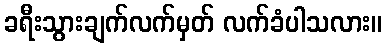
ခရီးသွားချက်လက်မှတ် လက်ခံပါသလား။